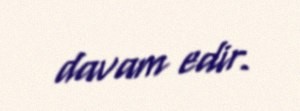
davam edir.